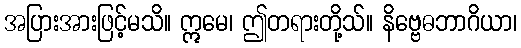
အပြားအားဖြင့်မသိ။ ဣမေ၊ ဤတရားတို့သ်။ နိဗ္ဗေဓဘာဂိယာ၊